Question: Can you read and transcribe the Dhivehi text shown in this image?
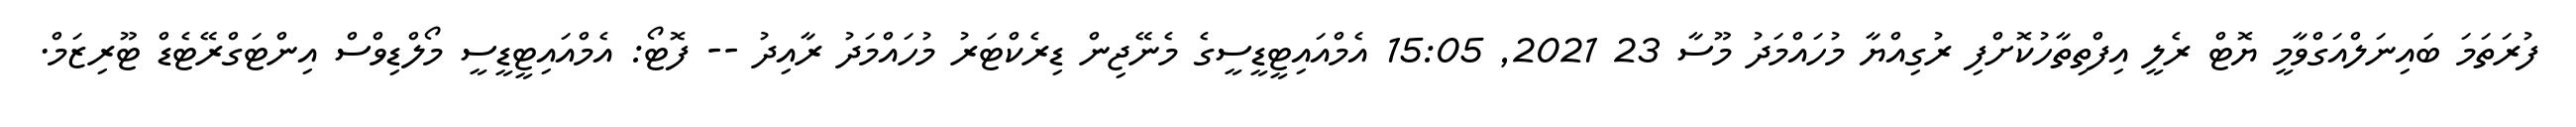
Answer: ފުރަތަމަ ބައިނަލްއަގްވާމީ ޔޮޓް ރެލީ އިފްތިތާހުކޮށްފި ރުގިއްޔާ މުހައްމަދު މޫސާ 23 2021, 15:05 އެމްއައިޓީޑީސީގެ މެނޭޖިން ޑިރެކްޓަރު މުހައްމަދު ރާއިދު -- ފޮޓޯ: އެމްއައިޓީޑީސީ މޯލްޑިވްސް އިންޓަގްރޭޓެޑް ޓޫރިޒަމް.